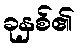
ခုနှစ်၏